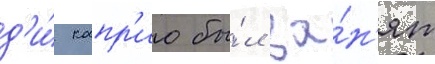
д'и́ капр'ио бы́л за́н'ят